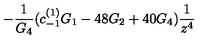
- \frac { 1 } { G _ { 4 } } ( c _ { - 1 } ^ { ( 1 ) } G _ { 1 } - 4 8 G _ { 2 } + 4 0 G _ { 4 } ) \frac { 1 } { z ^ { 4 } }